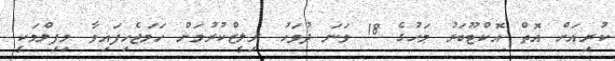
ކުރިއަށް އޮތް އޮކްޓޫބަރު މަހުގެ 18 ވަނަ ދުވަހު ރިލީޒްކުރުމަށް ހަމަޖެހިފައިވާ މިފިލްމަކީ